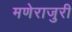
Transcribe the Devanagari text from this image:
मणेराजुरी